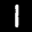
Label: 1